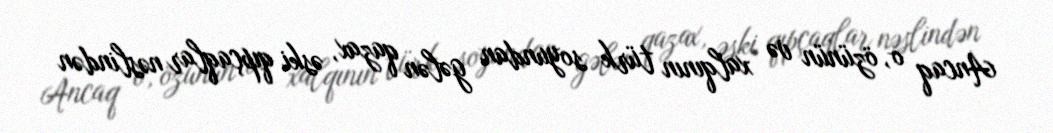
Ancaq o, özünün və xalqının türk soyundan gələn qazax, əski qıpçaqlar nəslindən